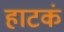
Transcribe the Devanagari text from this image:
हाटकं